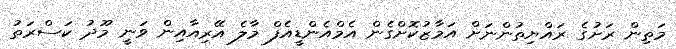
މަތިން ރަށުގެ ރައްޔިތުންނަށް އަމާޒުކޮށްގެން އެމްއެންޑީއެފް މާލެ އޭރިއާއިން ވަނީ މޫދު ކަސްރަތު